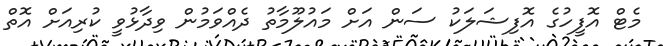
މެޓް އޮފީހުގެ އޮފިޝަލަކު ސަން އަށް މައުލޫމާތު ދެއްވަމުން ވިދާޅުވީ ކުރިއަށް އޮތް